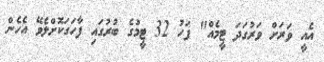
އެއީ ވަރަށް ވަރުގަދަ ޓީމެއް" ފަހު 32 ޓީމުގެ ބުރުގައި ފާހަގަކޮށްލެވޭ އެހެން